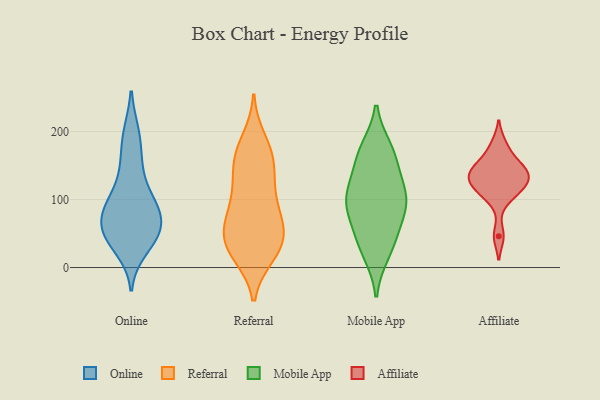
{"axis": {"x": "Budget (USD K)", "y": "Value"}, "legend": ["Affiliate", "Mobile App", "Online", "Referral"], "data": [{"x": "", "y": 72, "type": "Online"}, {"x": "", "y": 197, "type": "Online"}, {"x": "", "y": 67, "type": "Online"}, {"x": "", "y": 28, "type": "Online"}, {"x": "", "y": 45, "type": "Online"}, {"x": "", "y": 55, "type": "Online"}, {"x": "", "y": 88, "type": "Online"}, {"x": "", "y": 92, "type": "Online"}, {"x": "", "y": 197, "type": "Online"}, {"x": "", "y": 103, "type": "Online"}, {"x": "", "y": 74, "type": "Online"}, {"x": "", "y": 118, "type": "Online"}, {"x": "", "y": 46, "type": "Online"}, {"x": "", "y": 153, "type": "Online"}, {"x": "", "y": 48, "type": "Online"}, {"x": "", "y": 39, "type": "Online"}, {"x": "", "y": 86, "type": "Online"}, {"x": "", "y": 157, "type": "Online"}, {"x": "", "y": 73, "type": "Referral"}, {"x": "", "y": 69, "type": "Referral"}, {"x": "", "y": 21, "type": "Referral"}, {"x": "", "y": 38, "type": "Referral"}, {"x": "", "y": 53, "type": "Referral"}, {"x": "", "y": 127, "type": "Referral"}, {"x": "", "y": 24, "type": "Referral"}, {"x": "", "y": 72, "type": "Referral"}, {"x": "", "y": 187, "type": "Referral"}, {"x": "", "y": 166, "type": "Referral"}, {"x": "", "y": 142, "type": "Referral"}, {"x": "", "y": 165, "type": "Referral"}, {"x": "", "y": 162, "type": "Referral"}, {"x": "", "y": 48, "type": "Referral"}, {"x": "", "y": 19, "type": "Referral"}, {"x": "", "y": 35, "type": "Referral"}, {"x": "", "y": 103, "type": "Referral"}, {"x": "", "y": 107, "type": "Referral"}, {"x": "", "y": 97, "type": "Mobile App"}, {"x": "", "y": 22, "type": "Mobile App"}, {"x": "", "y": 78, "type": "Mobile App"}, {"x": "", "y": 96, "type": "Mobile App"}, {"x": "", "y": 164, "type": "Mobile App"}, {"x": "", "y": 173, "type": "Mobile App"}, {"x": "", "y": 35, "type": "Mobile App"}, {"x": "", "y": 48, "type": "Mobile App"}, {"x": "", "y": 94, "type": "Mobile App"}, {"x": "", "y": 164, "type": "Mobile App"}, {"x": "", "y": 113, "type": "Mobile App"}, {"x": "", "y": 122, "type": "Mobile App"}, {"x": "", "y": 132, "type": "Affiliate"}, {"x": "", "y": 114, "type": "Affiliate"}, {"x": "", "y": 46, "type": "Affiliate"}, {"x": "", "y": 182, "type": "Affiliate"}, {"x": "", "y": 102, "type": "Affiliate"}, {"x": "", "y": 135, "type": "Affiliate"}, {"x": "", "y": 153, "type": "Affiliate"}, {"x": "", "y": 140, "type": "Affiliate"}, {"x": "", "y": 132, "type": "Affiliate"}, {"x": "", "y": 158, "type": "Affiliate"}, {"x": "", "y": 117, "type": "Affiliate"}]}